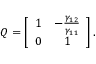
\begin{array} { r } { Q = \left[ { \begin{array} { c c } { 1 } & { - \frac { \gamma _ { 1 2 } } { \gamma _ { 1 1 } } } \\ { 0 } & { 1 } \end{array} } \right] . } \end{array}